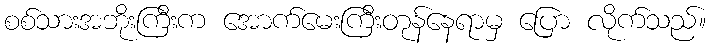
စစ်သားအဘိုးကြီးက အောက်မေးကြီးတုန်နေရာမှ ပြော လိုက်သည်။